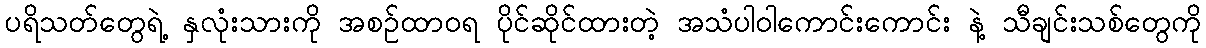
ပရိသတ်တွေရဲ့ နှလုံးသားကို အစဉ်ထာဝရ ပိုင်ဆိုင်ထားတဲ့ အသံပါဝါကောင်းကောင်း နဲ့ သီချင်းသစ်တွေကို